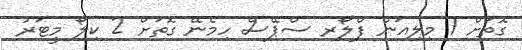
ގޮތަށް 1 މިލިއަން ފްލޯރ ސްޕޭސް ހިމެނޭ ގޮތަށް 2 ކިލޯ މީޓަރު